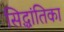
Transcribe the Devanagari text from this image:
सिद्धांतिका